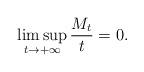
LaTeX: \begin{align*}\limsup_{t\rightarrow+\infty}\dfrac{M_t}{t}=0.\end{align*}